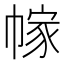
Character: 幏